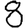
Digit: 8